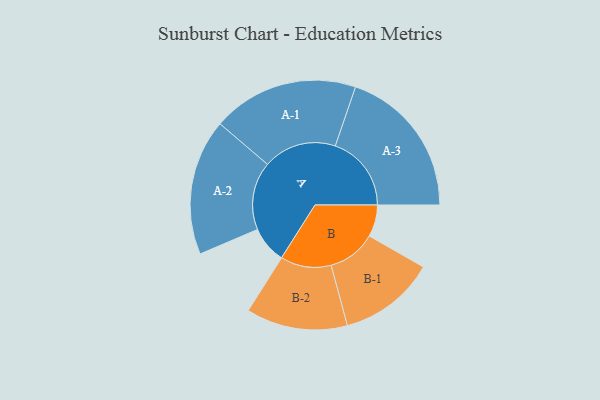
{"axis": {"x": "Segment", "y": "Value"}, "legend": ["", "A", "B"], "data": [{"x": "A", "y": 143, "type": ""}, {"x": "B", "y": 123, "type": ""}, {"x": "A-1", "y": 283, "type": "A"}, {"x": "A-2", "y": 263, "type": "A"}, {"x": "A-3", "y": 294, "type": "A"}, {"x": "B-1", "y": 187, "type": "B"}, {"x": "B-2", "y": 196, "type": "B"}]}